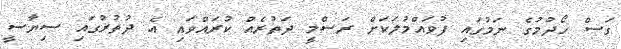
ގަސް ހޯދުމުގެ ނަމުގައި ފުވައްމުލަކަށް ރަސްމީ ދަތުރެއް ކުރައްވައި އެ ދުތުރުގައި ސިޔާސީ